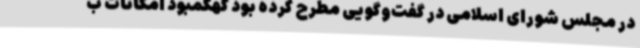
در مجلس شورای اسلامی در گفت‌وگویی مطرح کرده بود کهکمبود امکانات ب